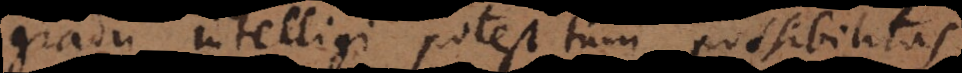
gradu intelligi potest tum possibilitas